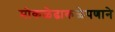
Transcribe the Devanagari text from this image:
मोकळेढाकळेपणाने